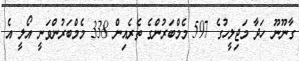
ގާނޫނޫ ހަދާ މަޖިލީހުގެ 597 މެމްބަރުންގެ ތެރެއިން 338 މެމްބަރުންވަނީ އޯލީ އެ